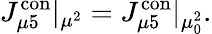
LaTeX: J_{\mu 5}^{\mathrm{con}}|_{\mu^{2}}=J_{\mu 5}^{\mathrm{con}}|_{\mu_{0}^{2}}.